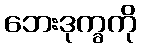
ဘေးဒုက္ခကို